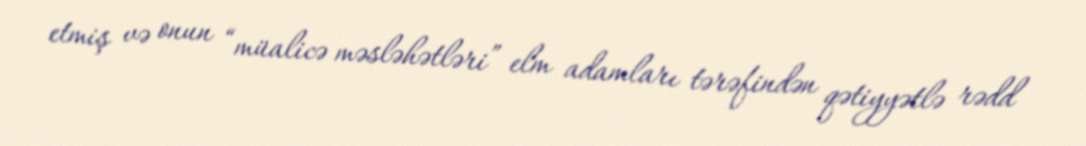
etmiş və onun “müalicə məsləhətləri” elm adamları tərəfindən qətiyyətlə rədd